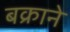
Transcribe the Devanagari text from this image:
बक्राने